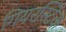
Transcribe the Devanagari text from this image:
गियरस्टिक